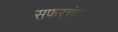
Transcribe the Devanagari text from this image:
सफरचंदाप्रमाणेच